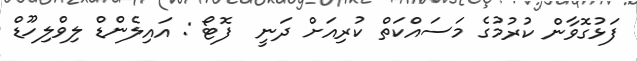
ފަޅުގޮވާން ކުރުމުގެ މަސައްކަތް ކުރިއަށް ދަނީ  ފޮޓޯ : އައިލެންޑް ލިވްލިހޫޑް